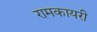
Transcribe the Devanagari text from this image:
रामकायरी